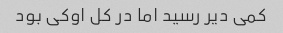
کمی دیر رسید اما در کل اوکی بود